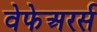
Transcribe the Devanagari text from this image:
वेफेअरर्स